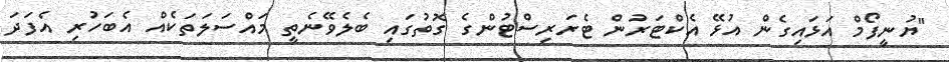
"ޔުނީފޯމް އަޅައިގެން އުޅޭ އެކްޓަރުން ޓެރަރިސްޓުންގެ ގޮތުގައި ބެލެވޭނެތީ މައްސަލަތަކެއް އެބަހުރި އެފަދަ